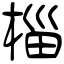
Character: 椔